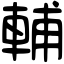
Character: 輔